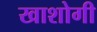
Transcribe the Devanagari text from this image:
खाशोगी